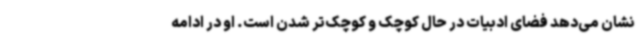
نشان می‌دهد فضای ادبیات در حال کوچک و کوچک‌تر شدن است. او در ادامه